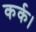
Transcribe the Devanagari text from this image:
कर्क।